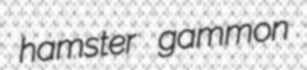
hamster gammon